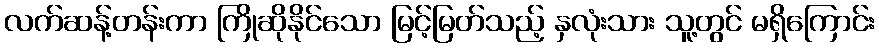
လက်ဆန့်တန်းကာ ကြိုဆိုနိုင်သော မြင့်မြတ်သည့် နှလုံးသား သူ့တွင် မရှိကြောင်း